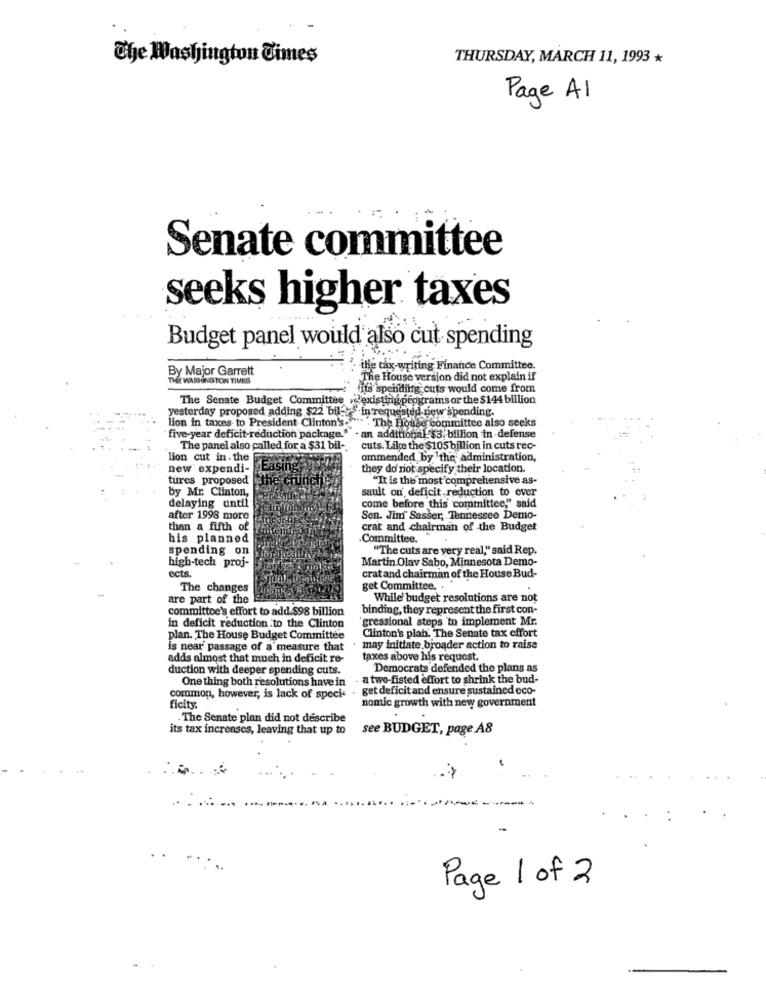
The Washington Times
THURSDAY, MARCH 11, 1993 *
Page A1
Senate committee
seeks higher taxes
Budget panel would also cut spending
By Major Garrett
" the tax-writing Finance Committee.
THE WASHINGTON TIMES
The House version did not explain if
ifs' spending cuts would come from
The Senate Budget Committee .@existing programs or the $144 billion
yesterday proposed adding $22 bil -, "'in requested new spending.
lion in taxes to President Clinton's .. " . The House committee also seeks
five-year deficit-reduction package.""
an additional $3; billion in defense
The panel also called for a $31 bil-
cuts. Like the $105 billion in cuts rec-
lion cut in. the
ammended by the administration,
new expendi-
they do'riot specify their location.
tures proposed
"It is the most comprehensive as-
by Mr. Clinton,
sault ou' deficit reduction to ever
delaying until
come before this committee," said
after 1998 more
Sen. Jim Sasser, Tennessee Demo-
than a fifth of
crat and chairman of the Budget
his planned
.Committee."
spending on
"The cuts are yery real," said Rep.
high-tech proj-
Martin Olav Sabo, Minnesota Demo-
ects.
crat and chairman of the House Bud-
The changes
get Committee. .
are part of the
While budget resolutions are not
committee's effort to add $98 billion
binding, they represent the first con-
`gressional steps 'to implement Mr.
in deficit reduction to the Clinton
Clinton's plah. The Senate tax effort
plan. The House Budget Committee
is near' passage of a measure that
may initiate broader action to raise
adds almost that much in deficit re-
taxes above his request.
duction with deeper spending cuts.
Democrats defended the plans as
One thing both resolutions have in
. a two-fisted effort to shrink the bud-
common, however, is lack of speci- . get deficit and ensure sustained eco-
ficity.
nomic growth with new government
- The Senate plan did not describe
its tax increases, leaving that up to
see BUDGET, page A8
Page 1 of 2